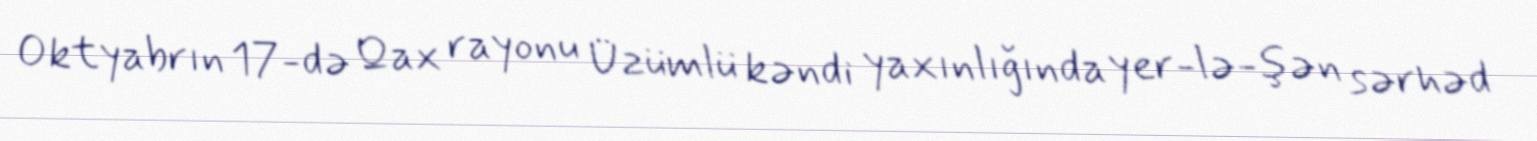
Oktyabrın 17-də Qax rayonu Üzümlü kəndi yaxınlığında yer­lə­şən sərhəd